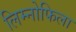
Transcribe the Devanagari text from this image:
लिम्नोफिला